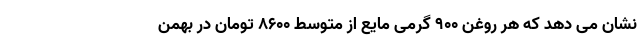
نشان می دهد که هر روغن ۹۰۰ گرمی مایع از متوسط ۸۶۰۰ تومان در بهمن